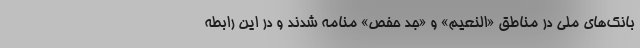
بانک‌های ملی در مناطق «النعیم» و «جد حفص» منامه شدند و در این رابطه